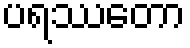
ပရဿတော